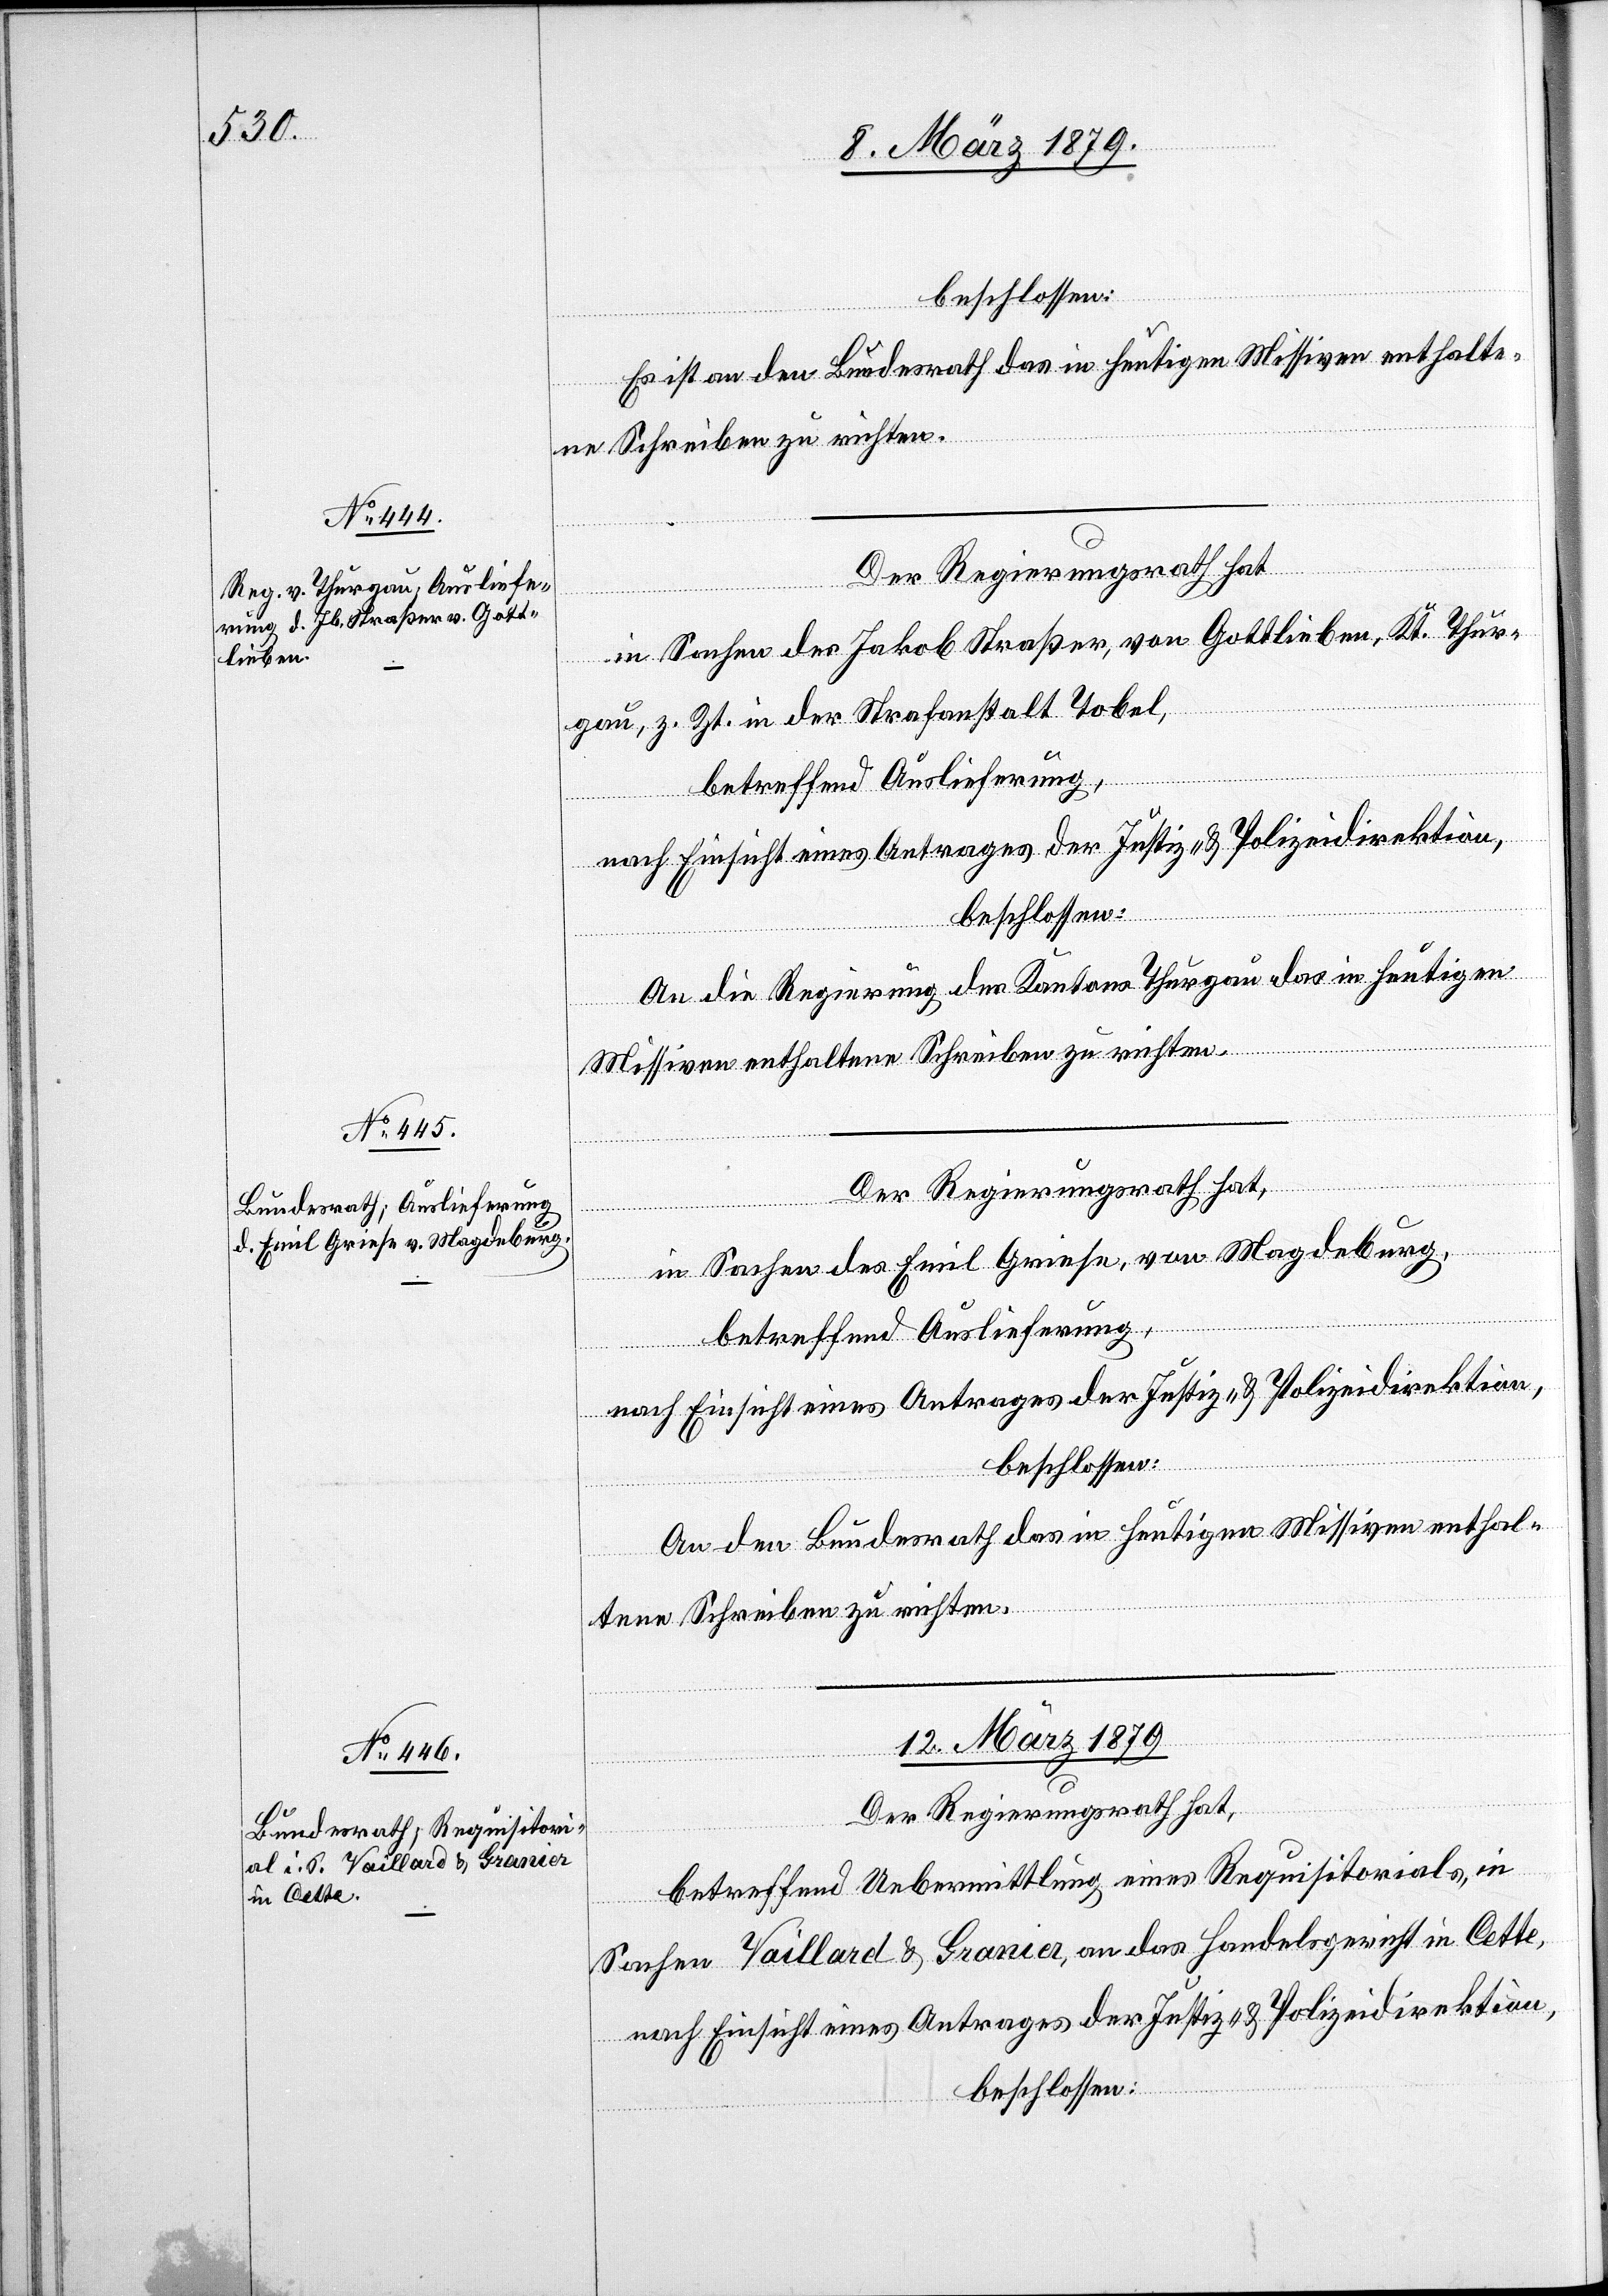
Es ist an den Bundesrath das in heutigen Missiven enthalte¬
ne Schreiben zu richten.
in Sachen des Jakob Straßer, von Gottlieben, Kt. Thur¬
gau, z. Zt. in der Strafanstalt Tobel,
betreffend Auslieferung,
nach Einsicht eines Antrages des Justiz- & Polizeidirektion,
beschlossen:
An die Regierung des Kantons Thurgau das in heutigen
Missiven enthaltene Schreiben zu richten.
fügungen.]
in Sachen des Emil Griese, von Magdeburg,
betreffend Auslieferung,
nach Einsicht eines Antrages des Justiz- & Polizeidirektion,
beschlossen:
An den Bundesrath das in heutigen Missiven enthal¬
tene Schreiben zu richten.
12. März 1879.
Der Regierungsrath hat,
betreffend Uebermittlung eines Requisitorials in
Sachen Vaillard & Granier, an das Handelsgericht in Cette,
nach Einsicht eines Antrages der Justiz- & Polizeidirektion,
beschlossen: